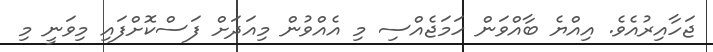
ޖަހާއިރުއެވެ. އިއްޔެ ބާއްވަން ހަމަޖެއްސި މި އެއްވުން މިއަދަށް ފަސްކޮށްފައި މިވަނީ މި